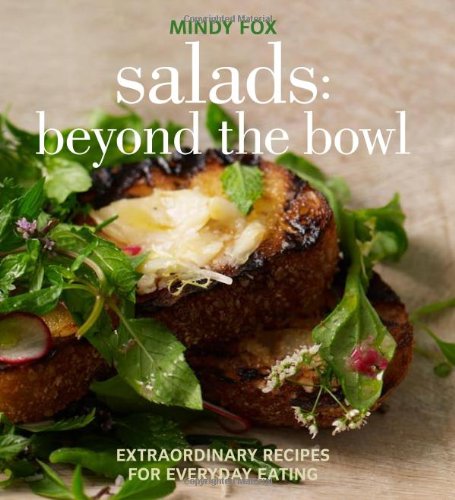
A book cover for Salads: Beyond the Bowl: Extraordinary Recipes for Everyday Eating; Mindy Fox; Cookbooks, Food & Wine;